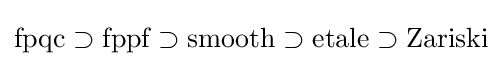
{\text{fpqc}}\supset {\text{fppf}}\supset {\text{smooth}}\supset {\text{etale}}\supset {\text{Zariski}}